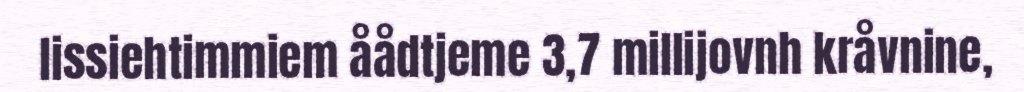
lissiehtimmiem åådtjeme 3,7 millijovnh kråvnine,